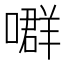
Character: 𡀳